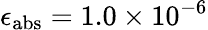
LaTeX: \epsilon_{\textup{abs}}=1.0\times 10^{-6}